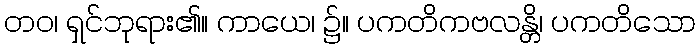
တဝ၊ ရှင်ဘုရား၏။ ကာယေ၊ ၌။ ပကတိကဗလန္တိ၊ ပကတိသော